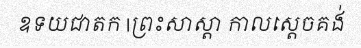
ឧទយជាតក |ព្រះសាស្តា កាលស្តេចគង់